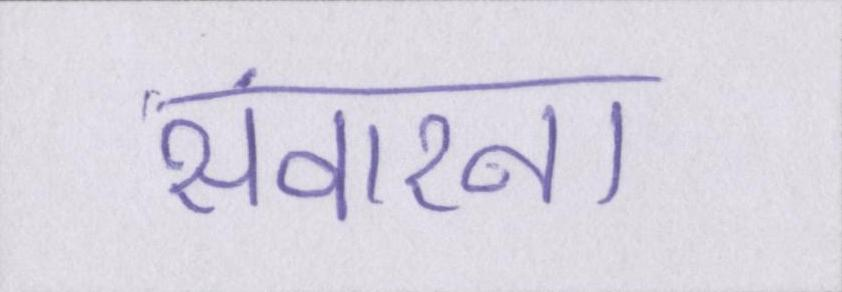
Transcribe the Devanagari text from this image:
संवारना